Indian journal of veterinary science and animal husbandry - Volume 8,
Year: 1938
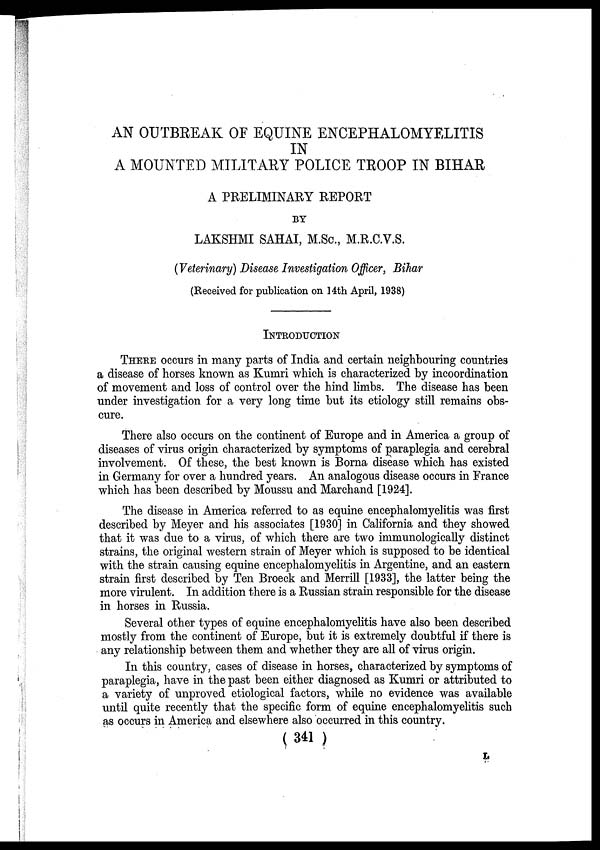
AN OUTBREAK OF EQUINE ENCEPHALOMYELITIS
IN
A MOUNTED MILITARY POLICE TROOP IN BIHAR
A PRELIMINARY REPORT
BY
LAKSHMI SAHAI, M.Sc, M.R.C.V.S.
(Veterinary) Disease Investigation Officer, Bihar
(Received for publication on 14th April, 1938)
INTRODUCTION
THERE occurs in many parts of India and certain neighbouring countries
a disease of horses known as Kumri which is characterized by incoordination
of movement and loss of control over the hind limbs. The disease has been
under investigation for a very long time but its etiology still remains obs-
cure.
There also occurs on the continent of Europe and in America a group of
diseases of virus origin characterized by symptoms of paraplegia and cerebral
involvement. Of these, the best known is Borna disease which has existed
in Germany for over a hundred years. An analogous disease occurs in France
which has been described by Moussu and Marchand [1924].
The disease in America referred to as equine encephalomyelitis was first
described by Meyer and his associates [1930] in California and they showed
that it was due to a virus, of which there are two immunologically distinct
strains, the original western strain of Meyer which is supposed to be identical
with the strain causing equine encephalomyelitis in Argentine, and an eastern
strain first described by Ten Broeck and Merrill [1933], the latter being the
more virulent. In addition there is a Russian strain responsible for the disease
in horses in Russia.
Several other types of equine encephalomyelitis have also been described
mostly from the continent of Europe, but it is extremely doubtful if there is
any relationship between them and whether they are all of virus origin.
In this country, cases of disease in horses, characterized by symptoms of
paraplegia, have in the past been either diagnosed as Kumri or attributed to
a variety of unproved etiological factors, while no evidence was available
until quite recently that the specific form of equine encephalomyelitis such
as occurs in America and elsewhere also occurred in this country.
( 341 )
L